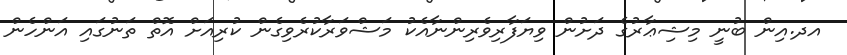
އދ.އިން ބުނީ މިޝިޢާރުގެ ދަށުން ވިޔަފާރިވެރިންނާއެކު މަޝްވަރާކުރެވިގެން ކުރިއަށް އޮތް ތަނުގައި އަންހެން